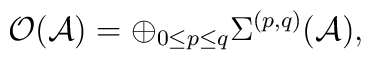
{\mathcal{O(A)}} = \oplus_{0\leq p\leq q}\Sigma^{(p,q)}(\mathcal{A}),